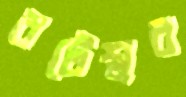
বটেশ্বর